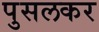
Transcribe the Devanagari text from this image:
पुसलकर